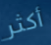
أكثر